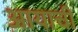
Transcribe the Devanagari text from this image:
आयाची